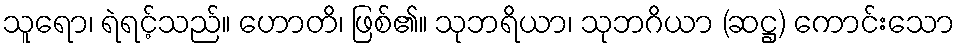
သူရော၊ ရဲရင့်သည်။ ဟောတိ၊ ဖြစ်၏။ သုဘရိယာ၊ သုဘဂိယာ (ဆဋ္ဌ) ကောင်းသော